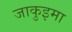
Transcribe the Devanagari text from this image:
जाकुइमा